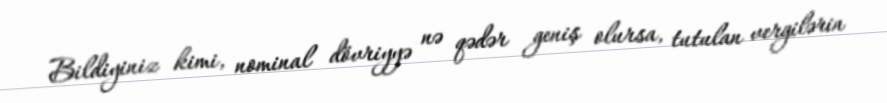
Bildiyiniz kimi, nominal dövriyyə nə qədər geniş olursa, tutulan vergilərin